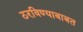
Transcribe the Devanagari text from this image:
ठरविण्याबाबत